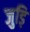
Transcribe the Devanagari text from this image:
जुड़ि